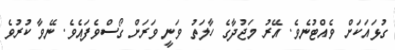
ގުޅައަކަށް ވެއްޓުނެވެ. އޭރު މަޖުދާގެ ހާލަތު ވަނީ ވަރަށް ގޯސްވެފައެވެ. ނޭވާ ކުރުވެ